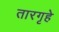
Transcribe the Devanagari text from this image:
तारगृहे